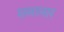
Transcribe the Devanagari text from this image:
समानार